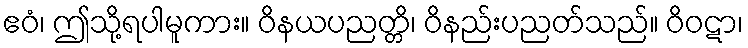
ဧဝံ၊ ဤသို့ရပါမူကား။ ဝိနယပညတ္တိ၊ ဝိနည်းပညတ်သည်။ ဝိဝဋာ၊